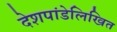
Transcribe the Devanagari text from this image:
देशपांडेलिखित